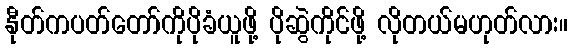
နီုတ်ကပတ်တော်ကိုပိုခံယူဖို့ ပိုဆွဲကိုင်ဖို့ လိုတယ်မဟုတ်လား။